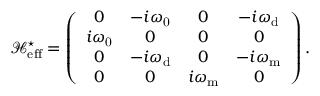
\mathcal { H } _ { \mathrm { { e f f } } } ^ { \star } = \left( \begin{array} { c c c c } { 0 } & { - i \omega _ { \mathrm { 0 } } } & { 0 } & { - i \omega _ { \mathrm { d } } } \\ { i \omega _ { \mathrm { 0 } } } & { 0 } & { 0 } & { 0 } \\ { 0 } & { - i \omega _ { \mathrm { d } } } & { 0 } & { - i { \omega } _ { \mathrm { m } } } \\ { 0 } & { 0 } & { i { \omega } _ { \mathrm { m } } } & { 0 } \end{array} \right) .